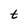
Character: t